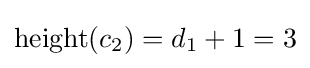
\operatorname {height} (c_{2})=d_{1}+1=3